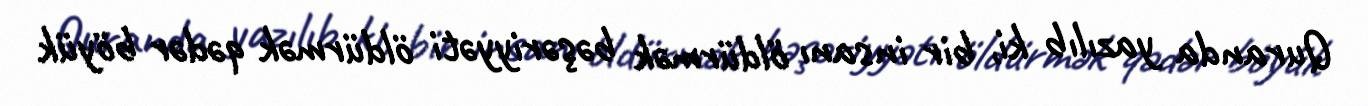
Quranda yazılıb ki, bir insanı öldürmək bəşəriyyəti öldürmək qədər böyük